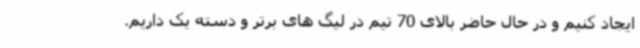
ایجاد کنیم و در حال حاضر بالای 70 تیم در لیگ های برتر و دسته یک داریم.